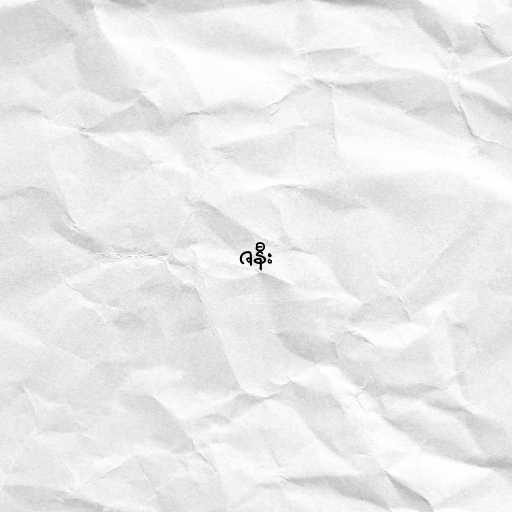
ဇနီး